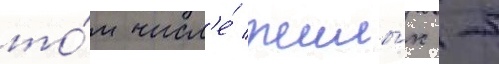
то́м числ'е́ жилы́х -